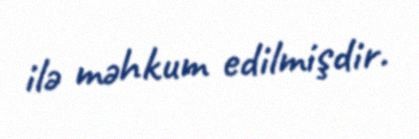
ilə məhkum edilmişdir.